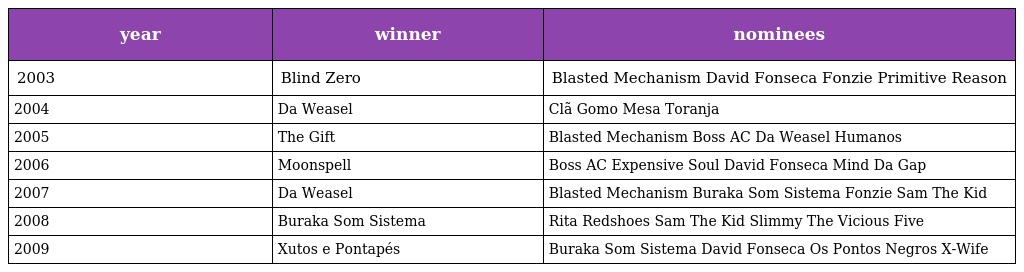
| year | winner | nominees |
 | --- | --- | --- |
 | 2003 | Blind Zero | Blasted Mechanism David Fonseca Fonzie Primitive Reason |
 | 2004 | Da Weasel | Clã Gomo Mesa Toranja |
 | 2005 | The Gift | Blasted Mechanism Boss AC Da Weasel Humanos |
 | 2006 | Moonspell | Boss AC Expensive Soul David Fonseca Mind Da Gap |
 | 2007 | Da Weasel | Blasted Mechanism Buraka Som Sistema Fonzie Sam The Kid |
 | 2008 | Buraka Som Sistema | Rita Redshoes Sam The Kid Slimmy The Vicious Five |
 | 2009 | Xutos e Pontapés | Buraka Som Sistema David Fonseca Os Pontos Negros X-Wife |